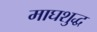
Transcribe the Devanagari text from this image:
माघशुद्ध